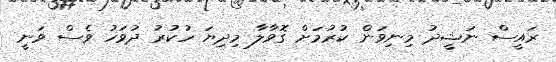
ރައީސް ނަޝީދު މިނިވަން ކުރުމަށް ގޮވާލާ މިދިޔަ ހުކުރު ދުވަހު ވެސް ވަނީ